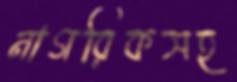
নাগরিকসহ